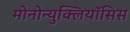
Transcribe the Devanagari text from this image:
मोनोन्युक्लियॉसिस